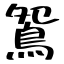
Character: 鴛